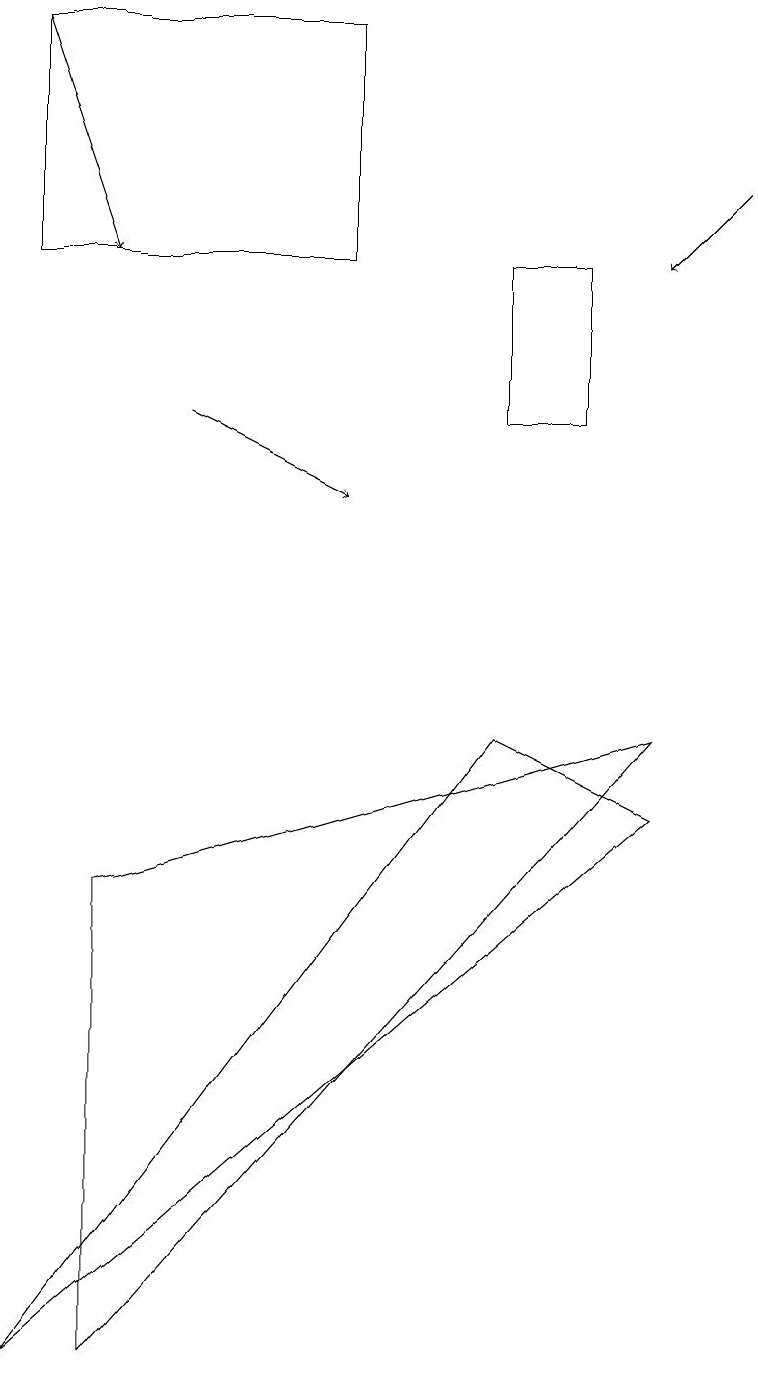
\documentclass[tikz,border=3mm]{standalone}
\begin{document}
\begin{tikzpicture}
\draw (7,12) rectangle (6,14);
\draw[->] (9,15) -- (8,14);
\draw (0,17) rectangle (4,14);
\draw[->] (0,17) -- (1,14);
\draw[->] (2,12) -- (4,11);
\draw (1,6) -- (1,0) -- (8,8) -- cycle;
\draw (8,7) -- (6,8) -- (0,0) -- cycle;
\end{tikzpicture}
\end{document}